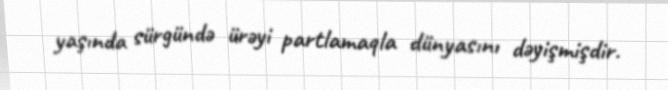
yaşında sürgündə ürəyi partlamaqla dünyasını dəyişmişdir.